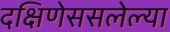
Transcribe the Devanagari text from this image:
दक्षिणेससलेल्या